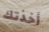
أخذتك